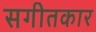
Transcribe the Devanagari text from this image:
सगीतकार